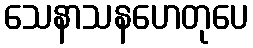
သေနာသနဟေတုပေ